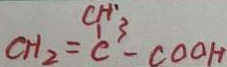
C H _ { 2 } = C H _ { 3 } - C - C O O H